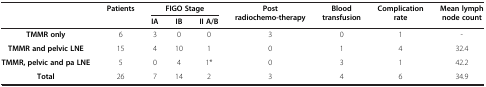
<table><thead><tr><td><b> </b></td><td><b>Patients</b></td><td colspan="3"><b>FIGO Stage</b></td><td><b>Post radiochemo-therapy</b></td><td><b>Blood transfusion</b></td><td><b>Complication rate</b></td><td><b>Mean lymph node count</b></td></tr><tr><td><b> </b></td><td><b> </b></td><td><b>IA</b></td><td><b>IB</b></td><td><b>II A/B</b></td><td><b> </b></td><td><b> </b></td><td><b> </b></td><td><b> </b></td></tr></thead><tbody><tr><td><b>TMMR only</b></td><td>6</td><td>3</td><td>0</td><td>0</td><td>3</td><td>0</td><td>1</td><td>-</td></tr><tr><td><b>TMMR and pelvic LNE</b></td><td>15</td><td>4</td><td>10</td><td>1</td><td>0</td><td>1</td><td>4</td><td>32.4</td></tr><tr><td><b>TMMR, pelvic and pa LNE</b></td><td>5</td><td>0</td><td>4</td><td>1*</td><td>0</td><td>3</td><td>1</td><td>42.2</td></tr><tr><td><b>Total</b></td><td>26</td><td>7</td><td>14</td><td>2</td><td>3</td><td>4</td><td>6</td><td>34.9</td></tr></tbody></table>